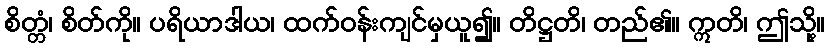
စိတ္တံ၊ စိတ်ကို။ ပရိယာဒါယ၊ ထက်ဝန်းကျင်မှယူ၍။ တိဋ္ဌတိ၊ တည်၏။ ဣတိ၊ ဤသို့။